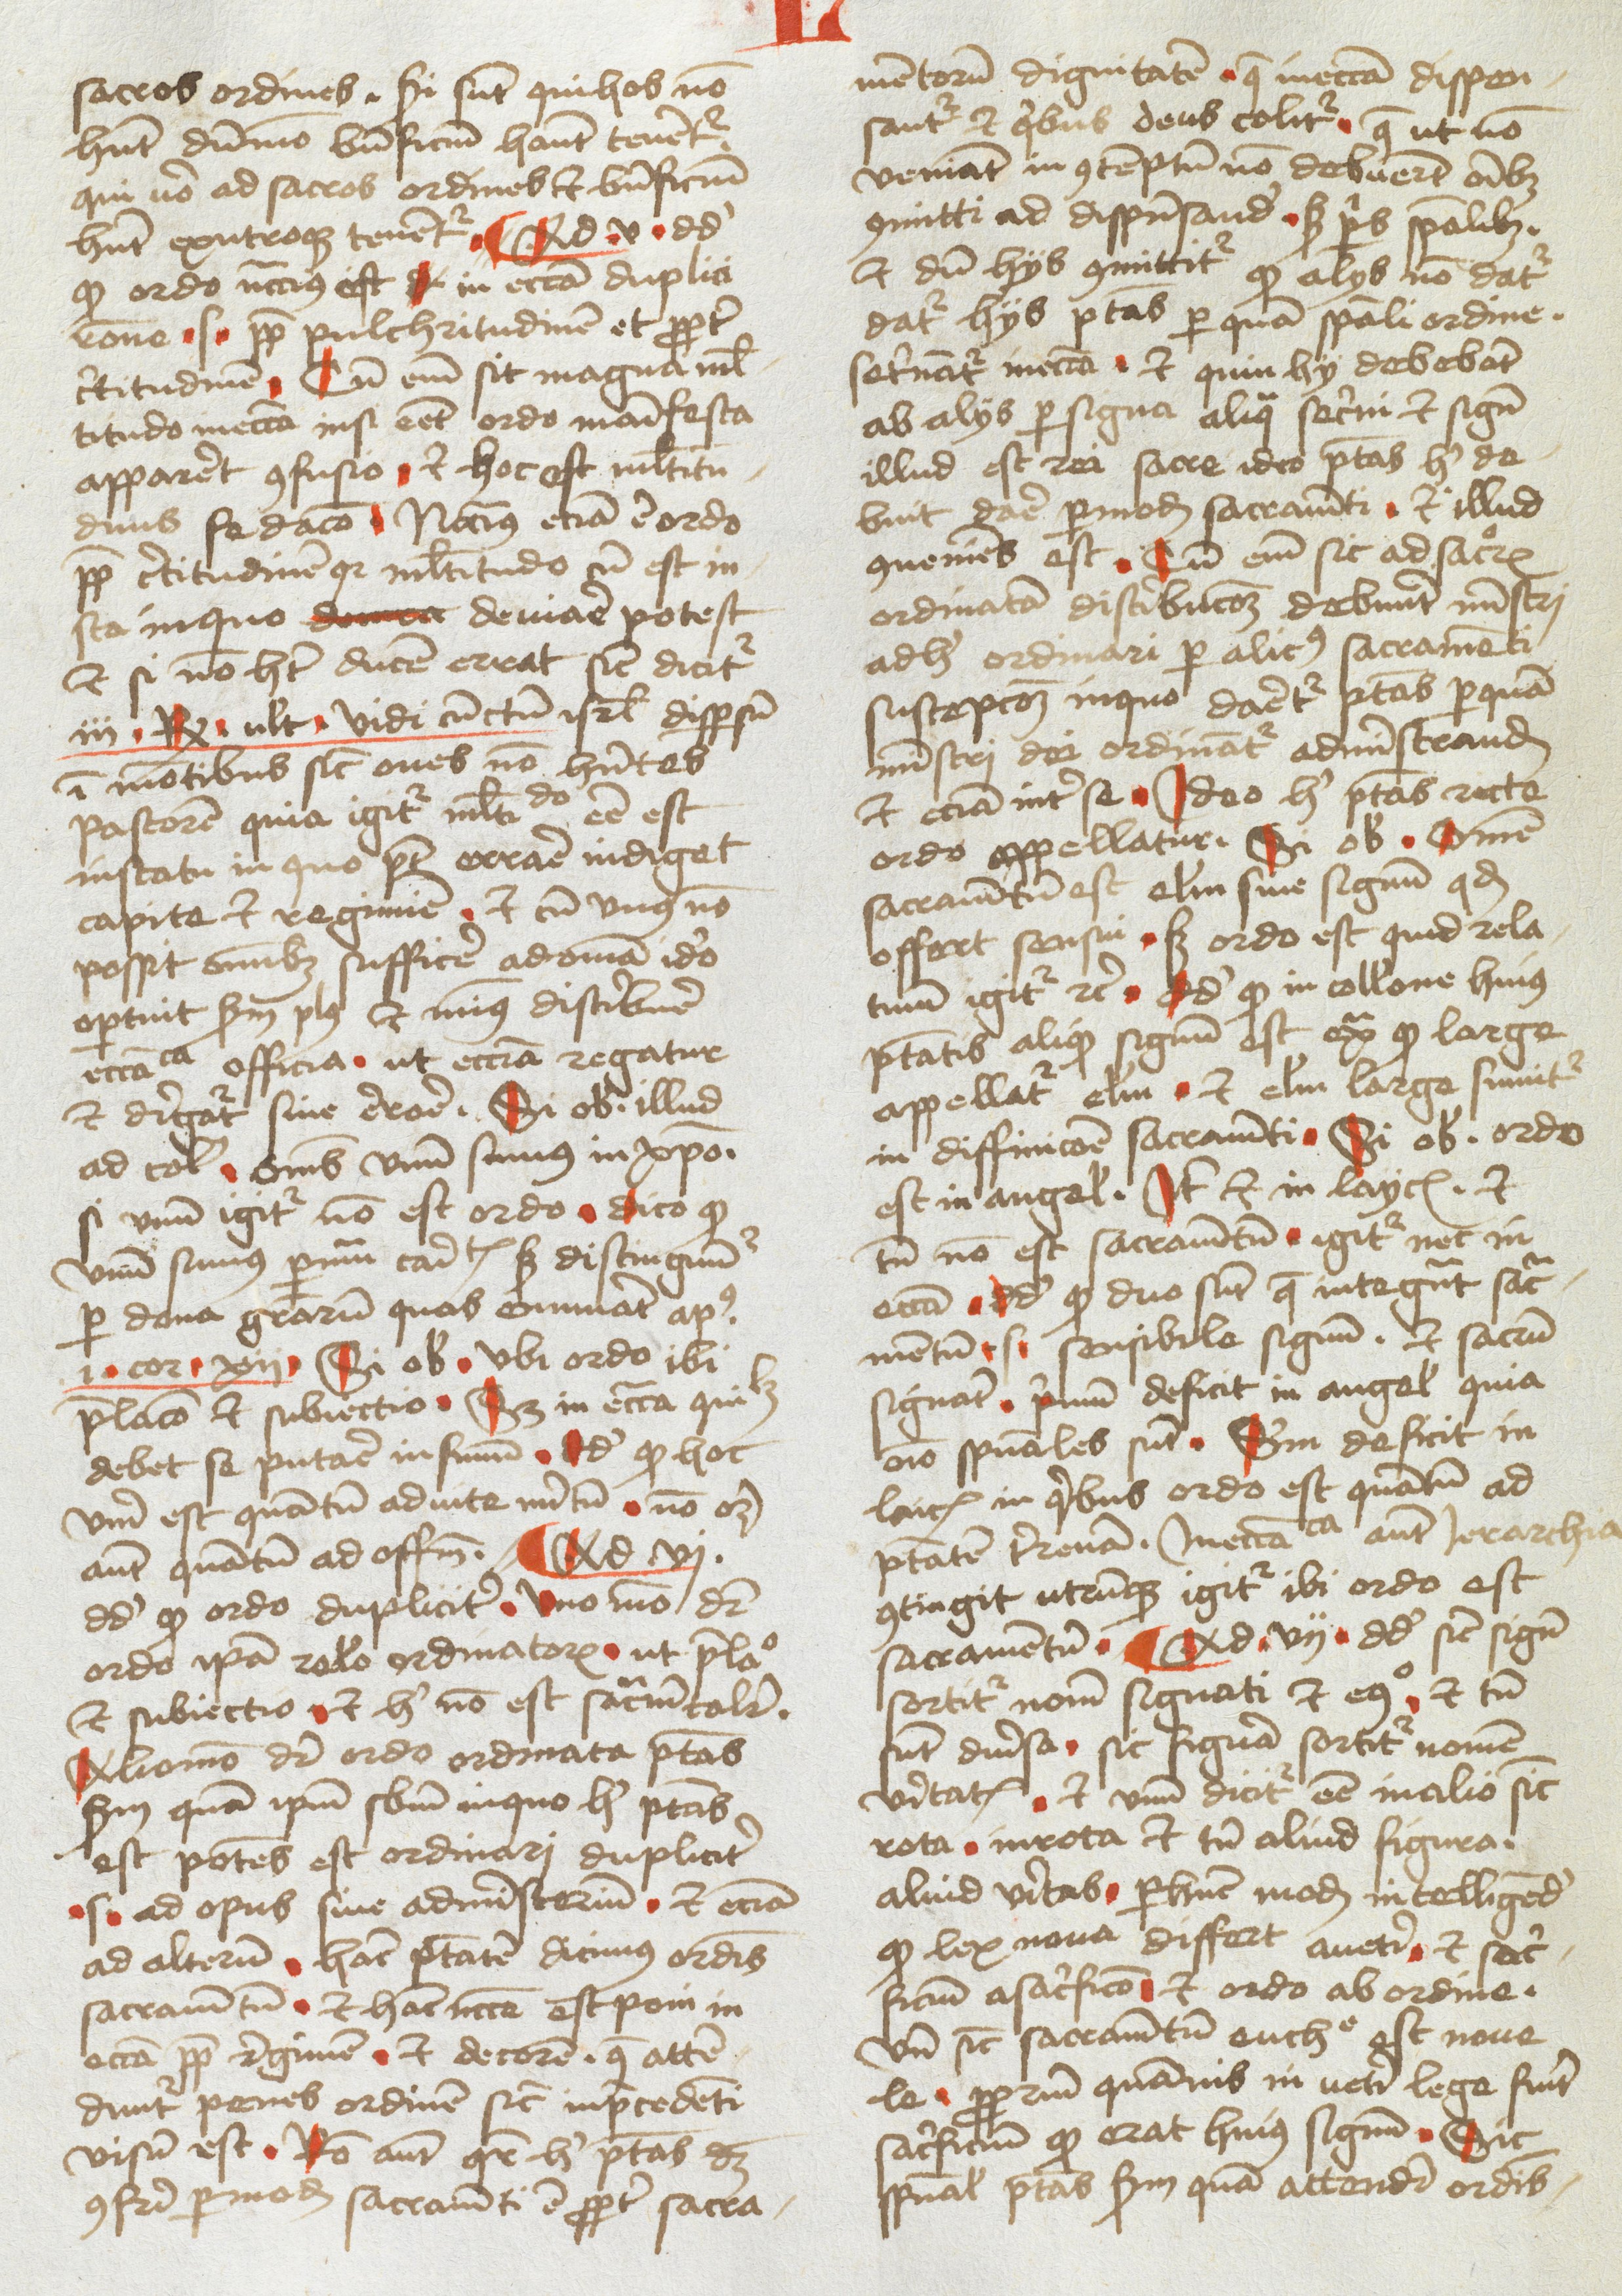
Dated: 1478–1478